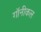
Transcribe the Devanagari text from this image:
गॉनीकल